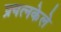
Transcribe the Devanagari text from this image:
प्रयत्‍नकेले